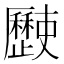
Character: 𣦰